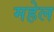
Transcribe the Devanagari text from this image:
महेल